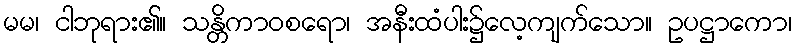
မမ၊ ငါဘုရား၏။ သန္တိကာဝစရော၊ အနီးထံပါး၌လေ့ကျက်သော။ ဥပဋ္ဌာကော၊